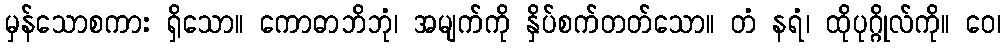
မှန်သောစကား ရှိသော။ ကောဓာဘိဘုံ၊ အမျက်ကို နှိပ်စက်တတ်သော။ တံ နရံ၊ ထိုပုဂ္ဂိုလ်ကို။ ဝေ၊